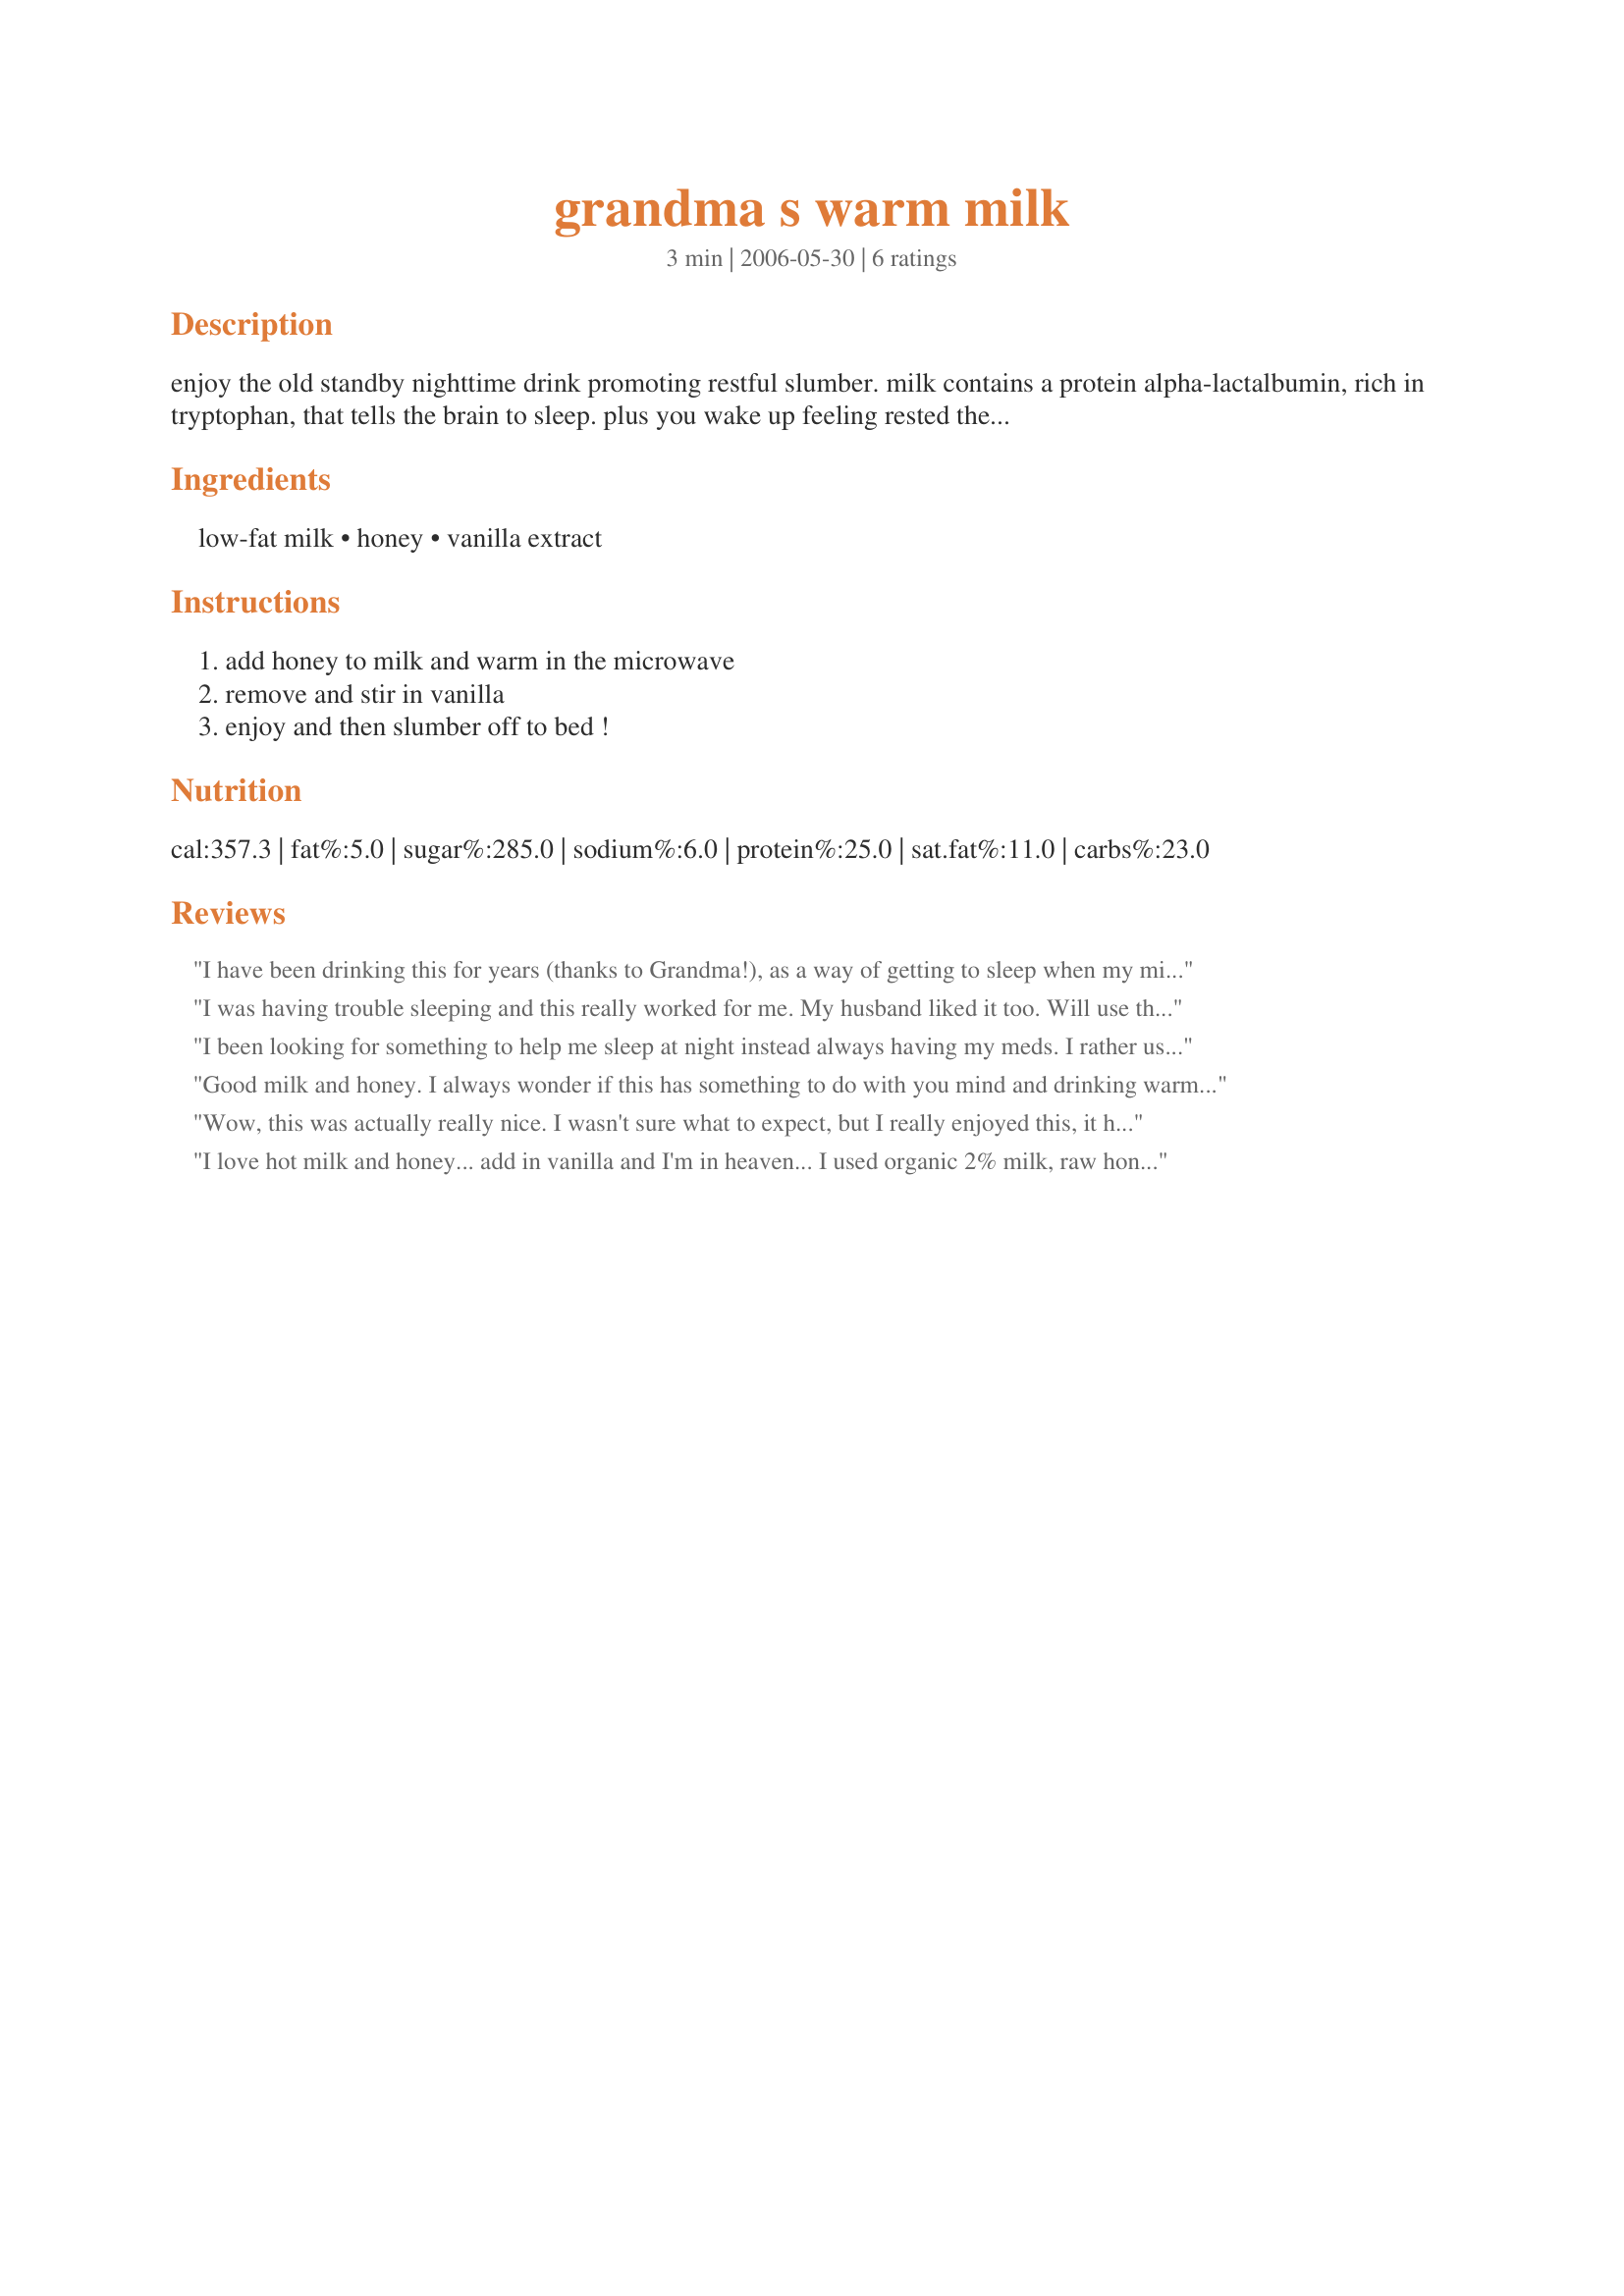
grandma s warm milk
Preparation time: 3 minutes

enjoy the old standby nighttime drink promoting restful slumber.

milk contains a protein alpha-lactalbumin, rich in tryptophan, that tells the brain to sleep. plus you wake up feeling rested the next morning, without the side effects that often come with sleep-inducing drugs.

Ingredients:
low-fat milk, honey, vanilla extract

Steps:
add honey to milk and warm in the microwave, remove and stir in vanilla, enjoy and then slumber off to bed !

Reviews:
I have been drinking this for years (thanks to Grandma!), as a way of getting to sleep when my mind is racing. I typically do not add vanilla, but it has a nice taste when added!
I was having trouble sleeping and this really worked for me. My husband liked it too. Will use this again. 

Thanks CharlotteJ. 

Bullwinkle.
I been looking for something to help me sleep at night instead always having my meds. I rather use them when I have to. The drink yummy and I will have it again.
Good milk and honey. I always wonder if this has something to do with you mind and drinking warm milk as a baby.
Wow, this was actually really nice. I wasn't sure what to expect, but I really enjoyed this, it had me going right of to sleep (which is an acomplishment). I will definitly be making this again. Thanks for the recipe Charlotte

Miss Pixie x x x
I love hot milk and honey... add in vanilla and I'm in heaven... I used organic 2% milk, raw honey and my homemade vanilla extract... Tastes so good and I slept so well... LOL Must be the alcohol in the vanilla extract!!! Can't wait until it's cooler so I can curl up with a mug of this yummy drink in front of our fireplace!!!
